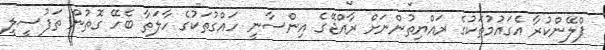
ޕްލޭންކުރާ އެގައުމުތަކުގެ ރައްޔިތުންނަށް ރާއްޖޭގެ އިންސާނީ ހައްގުތަކުގެ ހާލަތާ ބެހޭ ގޮތުން ތަފުސީލީ